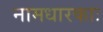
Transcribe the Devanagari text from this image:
नामधारकाः